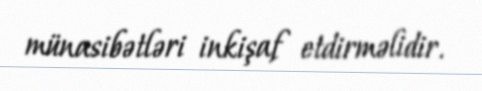
münasibətləri inkişaf etdirməlidir.